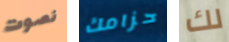
نصوت حزامك لك